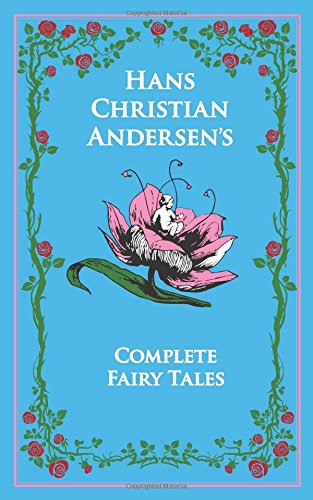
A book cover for Hans Christian Andersen's Complete Fairy Tales (Leather-bound Classics); Hans Christian Andersen; Literature & Fiction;